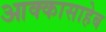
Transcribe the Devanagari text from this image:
आक्कासाहेब